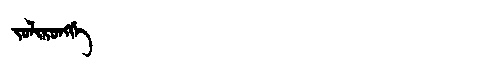
Manchu: ᠵᠣᠯᡳᡵᠣᠩᡤᡝ
Romanization: JOLIRONGGE